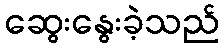
ဆွေးနွေးခဲ့သည်